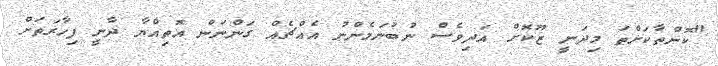
"ކޮންތާކަށްތަ މިދަނީ ޒޫކޮށް އަދިވެސް ނުބުނަމެންނު އެއްޗެއް ގަންނަން އޮތިއްޔާ ދާނީ ފިހާރަތަށް